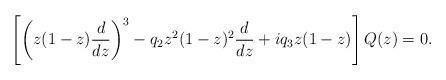
LaTeX: \begin{align*}\left[ \left(z(1-z){d\over dz}\right)^3 -q_2z^2(1-z)^2 {d\over dz} +i q_3 z(1-z) \right] Q(z)=0. \end{align*}